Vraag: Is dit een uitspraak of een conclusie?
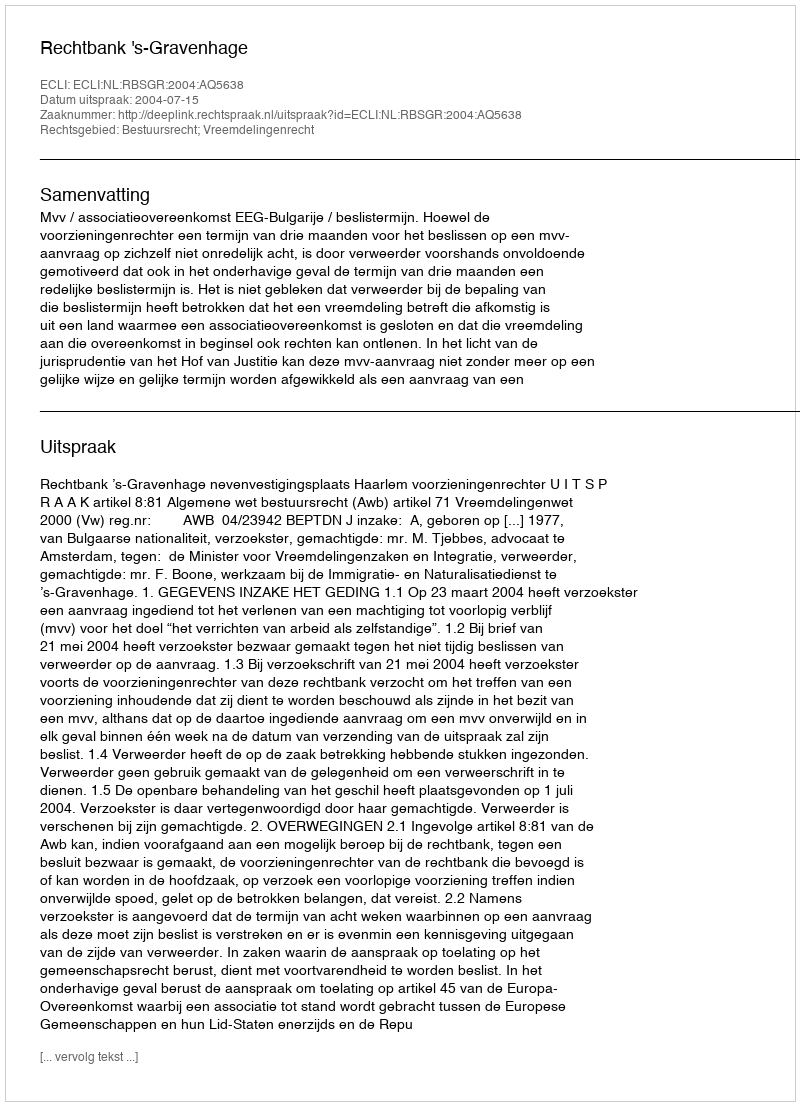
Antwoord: Uitspraak